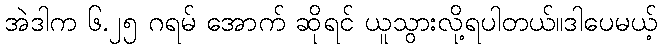
အဲဒါက ၆.၂၅ ဂရမ် အောက် ဆိုရင် ယူသွားလို့ရပါတယ်။ဒါပေမယ့်